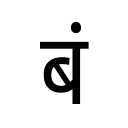
OCR:
बं